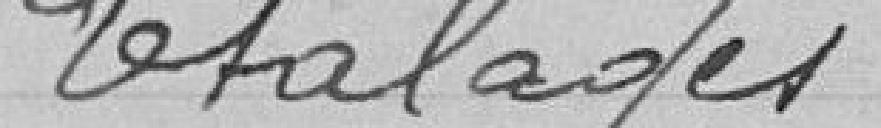
Etalages